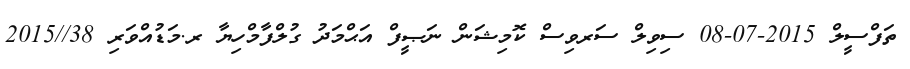
ތަފްސީލް 2015-07-08 ސިވިލް ސަރވިސް ކޮމިޝަން ނަޞީފް އަޙްމަދު ގުލްފާމްހިޔާ ރ.މަޑުއްވަރި 38//2015